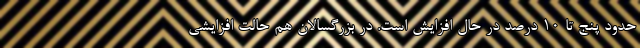
حدود پنج تا ۱۰ درصد در حال افزایش است. در بزرگسالان هم حالت افزایشی